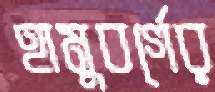
হামুবর্গের